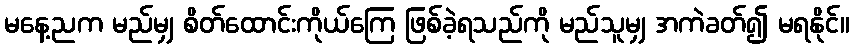
မနေ့ညက မည်မျှ စိတ်ထောင်းကိုယ်ကြေ ဖြစ်ခဲ့ရသည်ကို မည်သူမျှ အကဲခတ်၍ မရနိုင်။